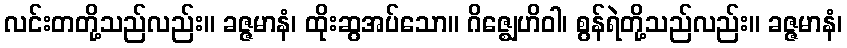
လင်းတတို့သည်လည်း။ ခဇ္ဇမာနံ၊ ထိုးဆွအပ်သော။ ဂိဇ္ဈေဟိဝါ၊ စွန်ရဲတို့သည်လည်း။ ခဇ္ဇမာနံ၊